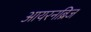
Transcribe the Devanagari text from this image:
आयरनब्रिज